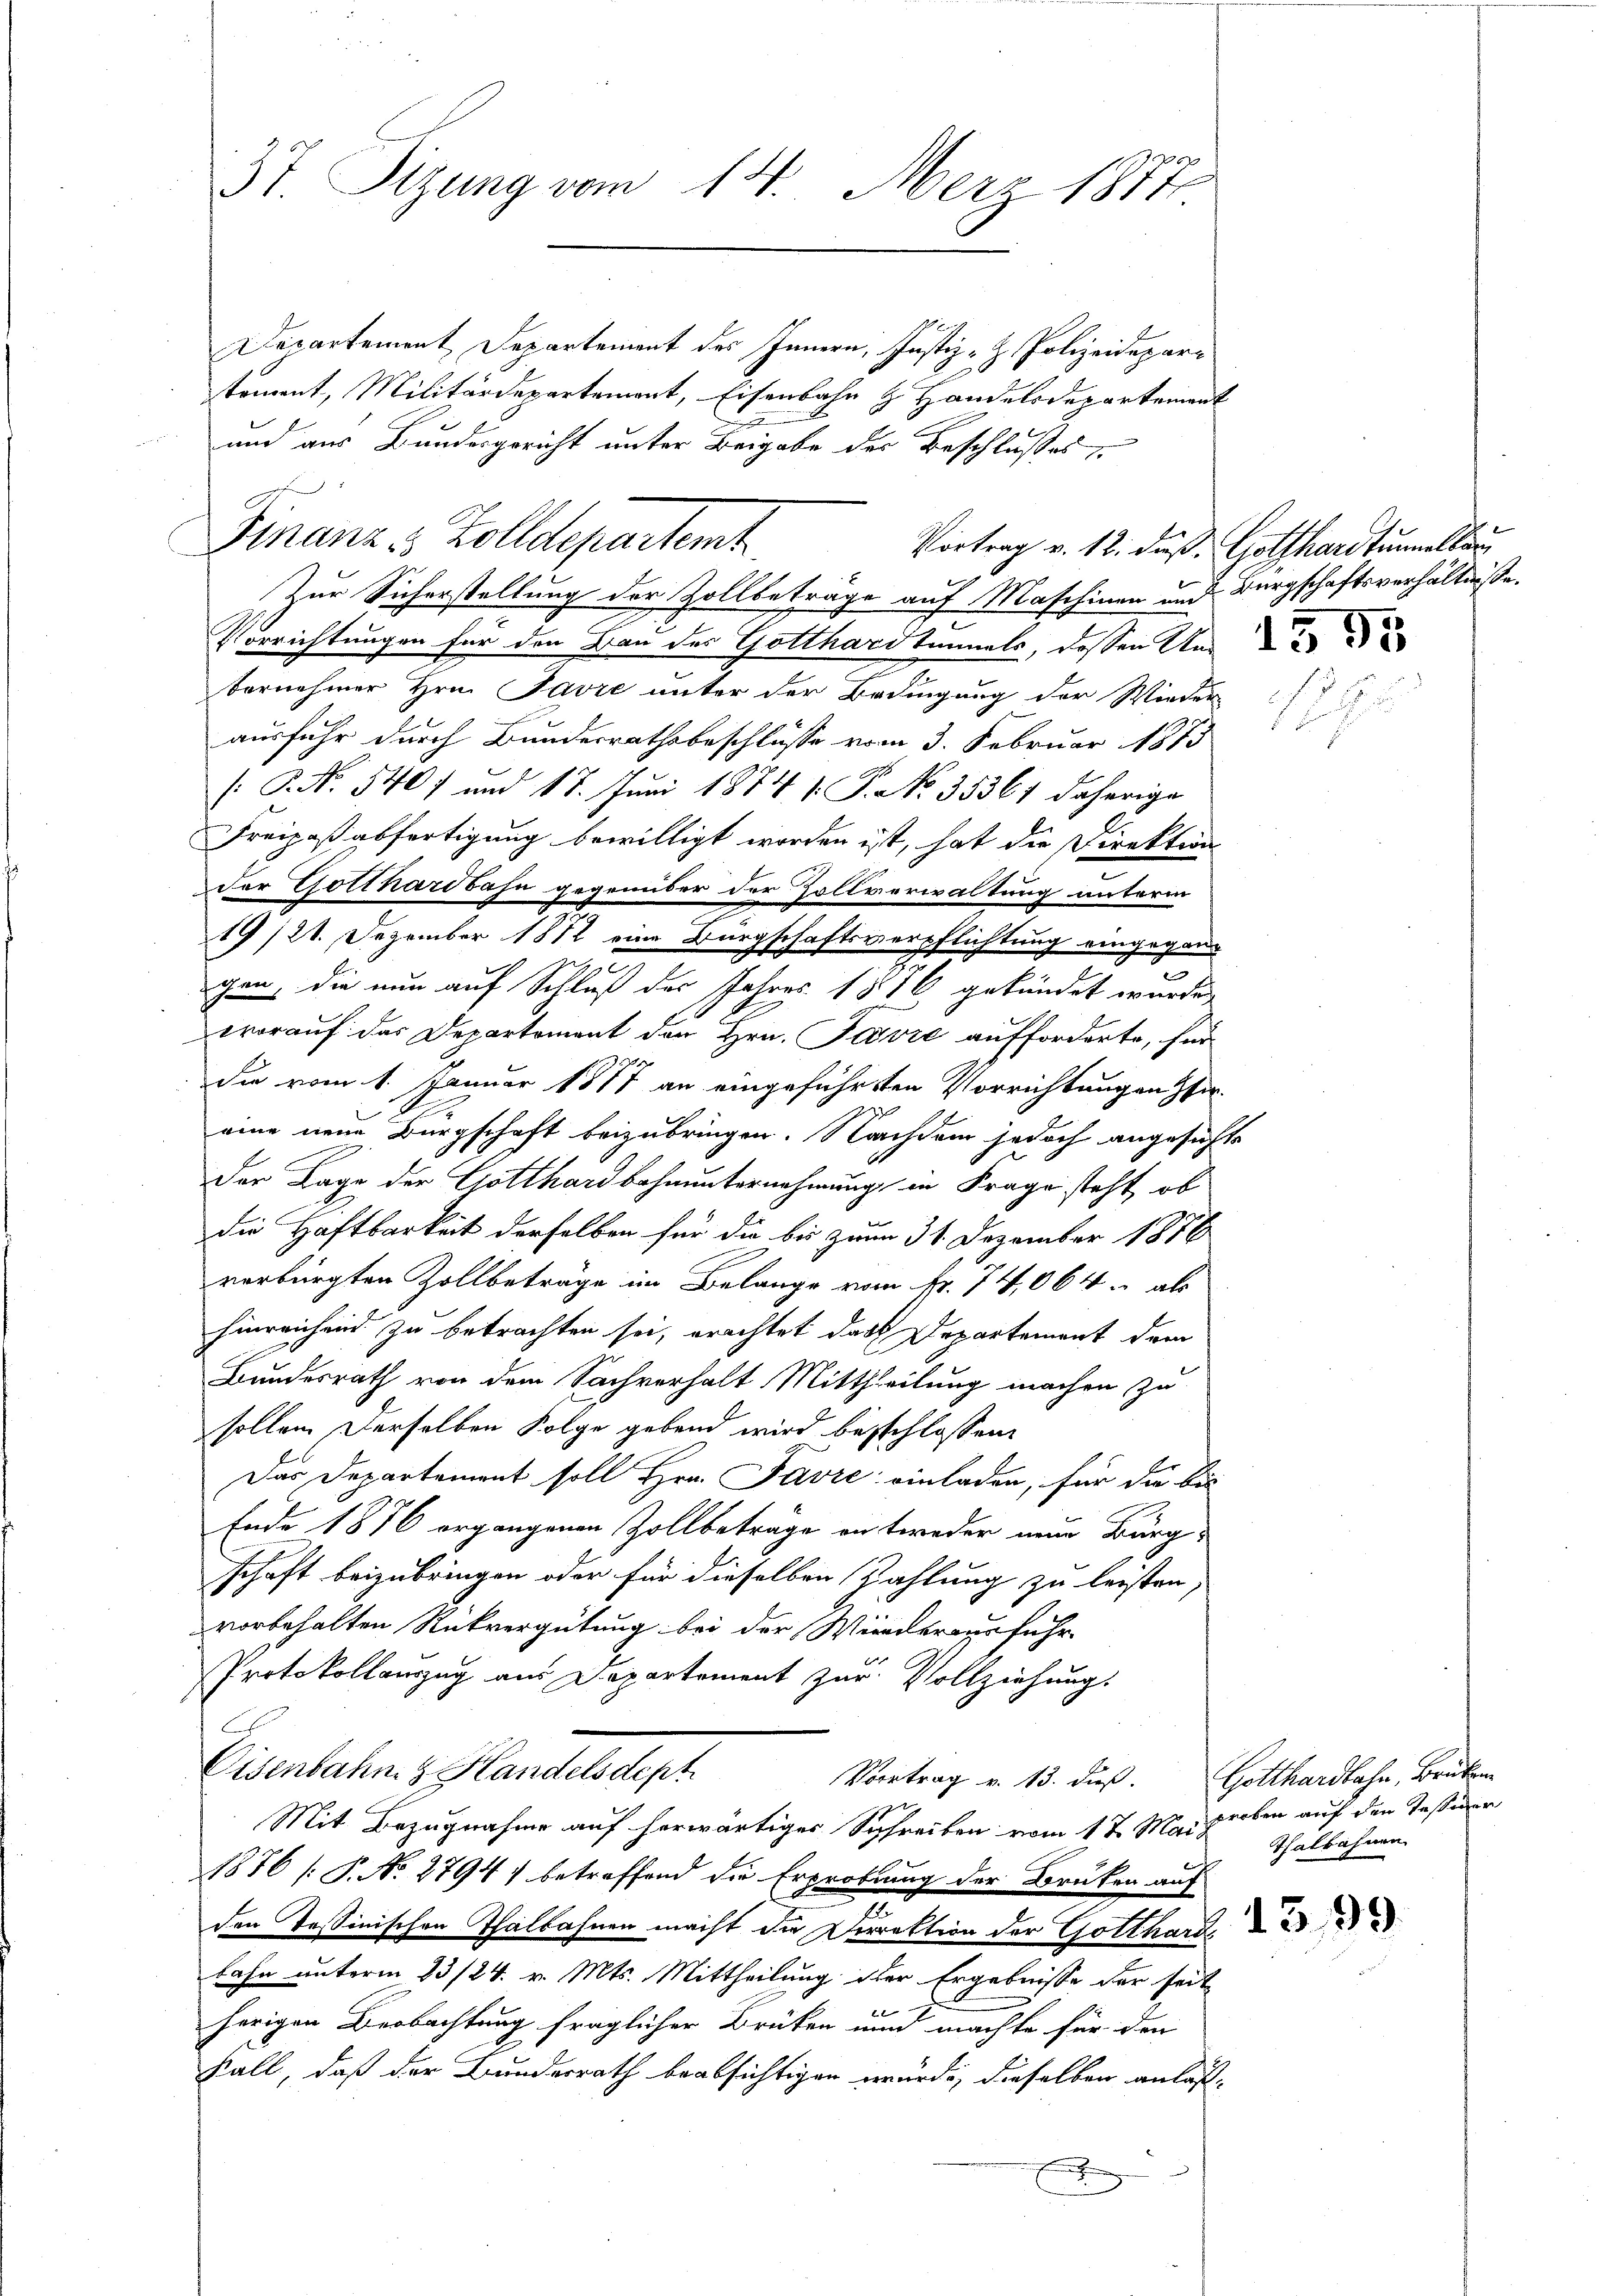
37. Sizung vom 14. Merz 1877

Departement Departement des Innern, Justiz- & Polizeidepartoment, Militärdepartement, Eisenbahn z. Handelsdepartement
2
und aus Bundesgericht unter Beigabe der Beschlußes
Zur Sicherstellung der Zollbeträge auf Maschinen und Bürgschaftsverhältniße.
Verrichtungen für den Bau der Gotthardtunnels, dassen Un
bornehmer Hrn. Favre unter der Bedingung der Wieder
ausfuhr durch Bundesrathsbeschlüsse vom 3. Februar 1873
[P. No. 5407 und 17. Juni 1874 1. P. No. 35361 daherige
Freizaßabfertigung bewilligt worden ist, hat die Direktion
der Gotthardbahn gegenüber der Zollverwaltung unterm
19/20. Dezember 1872 eine Bürgschaftsverpflichtung eingeganm
gen, die nun auf Schluß des Jahres 1876 gekündet wurde,
worauf das Departement den Hrn. Prović aufforderte, für
die vom 1. Januar 1877 an eingeführten Vorrichtungen haeine neue Bürgschaft beizubringen. Nachdem jedoch angesichte
der Lage der Gotthardbahnunternehmung in Frage steht, ob
die Haftbarkeit derselben für die bis zum 31. Dezember 1876
verbürgten Zollbeträge im Belange vom Fr. 74,064 u als
hinreichend zu betrachten sei, erachtet das Departement dem
Bundesrath von dem Sachverhalt Mittheilung machen zu
sollen derselben Folge gebend wird beschlossen:
Das Departement soll Hrn. Favre einladen, für die bis
Ende 1876 ergangenen Zollbeträge entweder neue Bürg
schaft beizubringen oder für dieselben Zahlung zu leisten
vorbehalten Rückvergütung bei der Wiederausführ
Protokollauszug aus Departement zur Vollziehung.
Eisenbahn & Handelsdept
Vortrag v. 13. duß. Gotthardbahn, Brukon
z
Mit Bezugnahme auf herwärtiges Schreiben vom 17. Mai Thalbahnen
1876 [P. No 2794) betreffend die Erprobung der Brüken auf
den Tessinischen Thalbahnen macht die Direktion der Gotthard,
bahn unterm 23/24. v. Mts. Mittheilung der Ergebnisse der seit
tel
herigen Beobachtung fraglicher Brüken und machte für den
Fall, daß der Bunderrath beabsichtigen würde, dieselben anlas-
.

Finanz u Zolldepartent

Vortrag v. 12. dieß: Gotthardtunnellan

h

proben auf den Tessiner